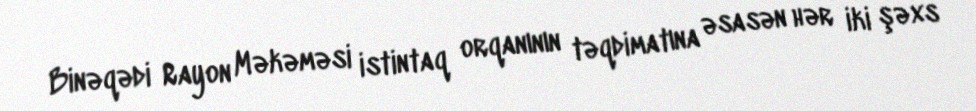
Binəqədi Rayon Məkəməsi istintaq orqanının təqdimatına əsasən hər iki şəxs